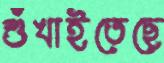
শুঁখাইতেছে